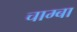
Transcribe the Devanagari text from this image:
चाम्बा